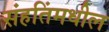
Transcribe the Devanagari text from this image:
संहतिंमधील